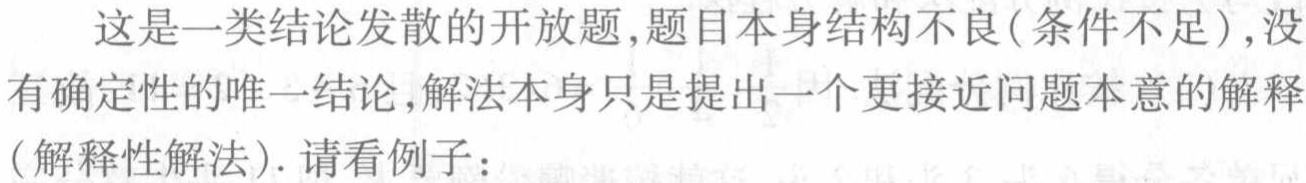
这是一类结论发散的开放题,题目本身结构不良(条件不足),没有确定性的唯一结论,解法本身只是提出一个更接近问题本意的解释(解释性解法).请看例子：